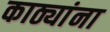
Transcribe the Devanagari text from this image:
काठ्यांना